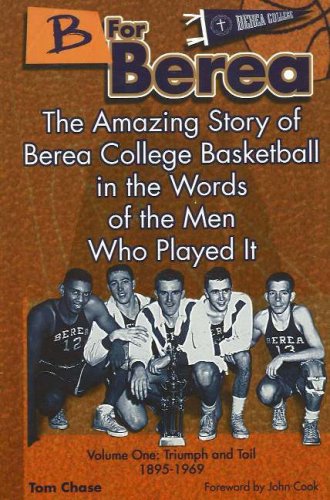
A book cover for B for Berea: Volume 1 - Triumph and Toil, 1895-1969: The Amazing Story of Berea College Basketball in the Words of the Men Who Played It (v. 1); Tom Chase; Sports & Outdoors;